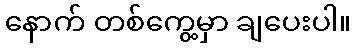
နောက် တစ်ကွေ့မှာ ချပေးပါ။